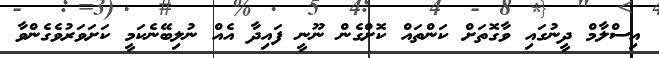
އިސްލާމް ދީނުގައި ވާގޮތަށް ކަންތައް ކޮށްގެން ނޫނީ ފައިދާ އެއް ނުލިބޭނެކަމީ ކަށަވަރުވެގެންވާ